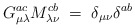
\begin{align*}G_{\mu\lambda}^{ac} M_{\lambda\nu}^{cb} \;=\; \delta_{\mu\nu} \delta^{ab}\end{align*}